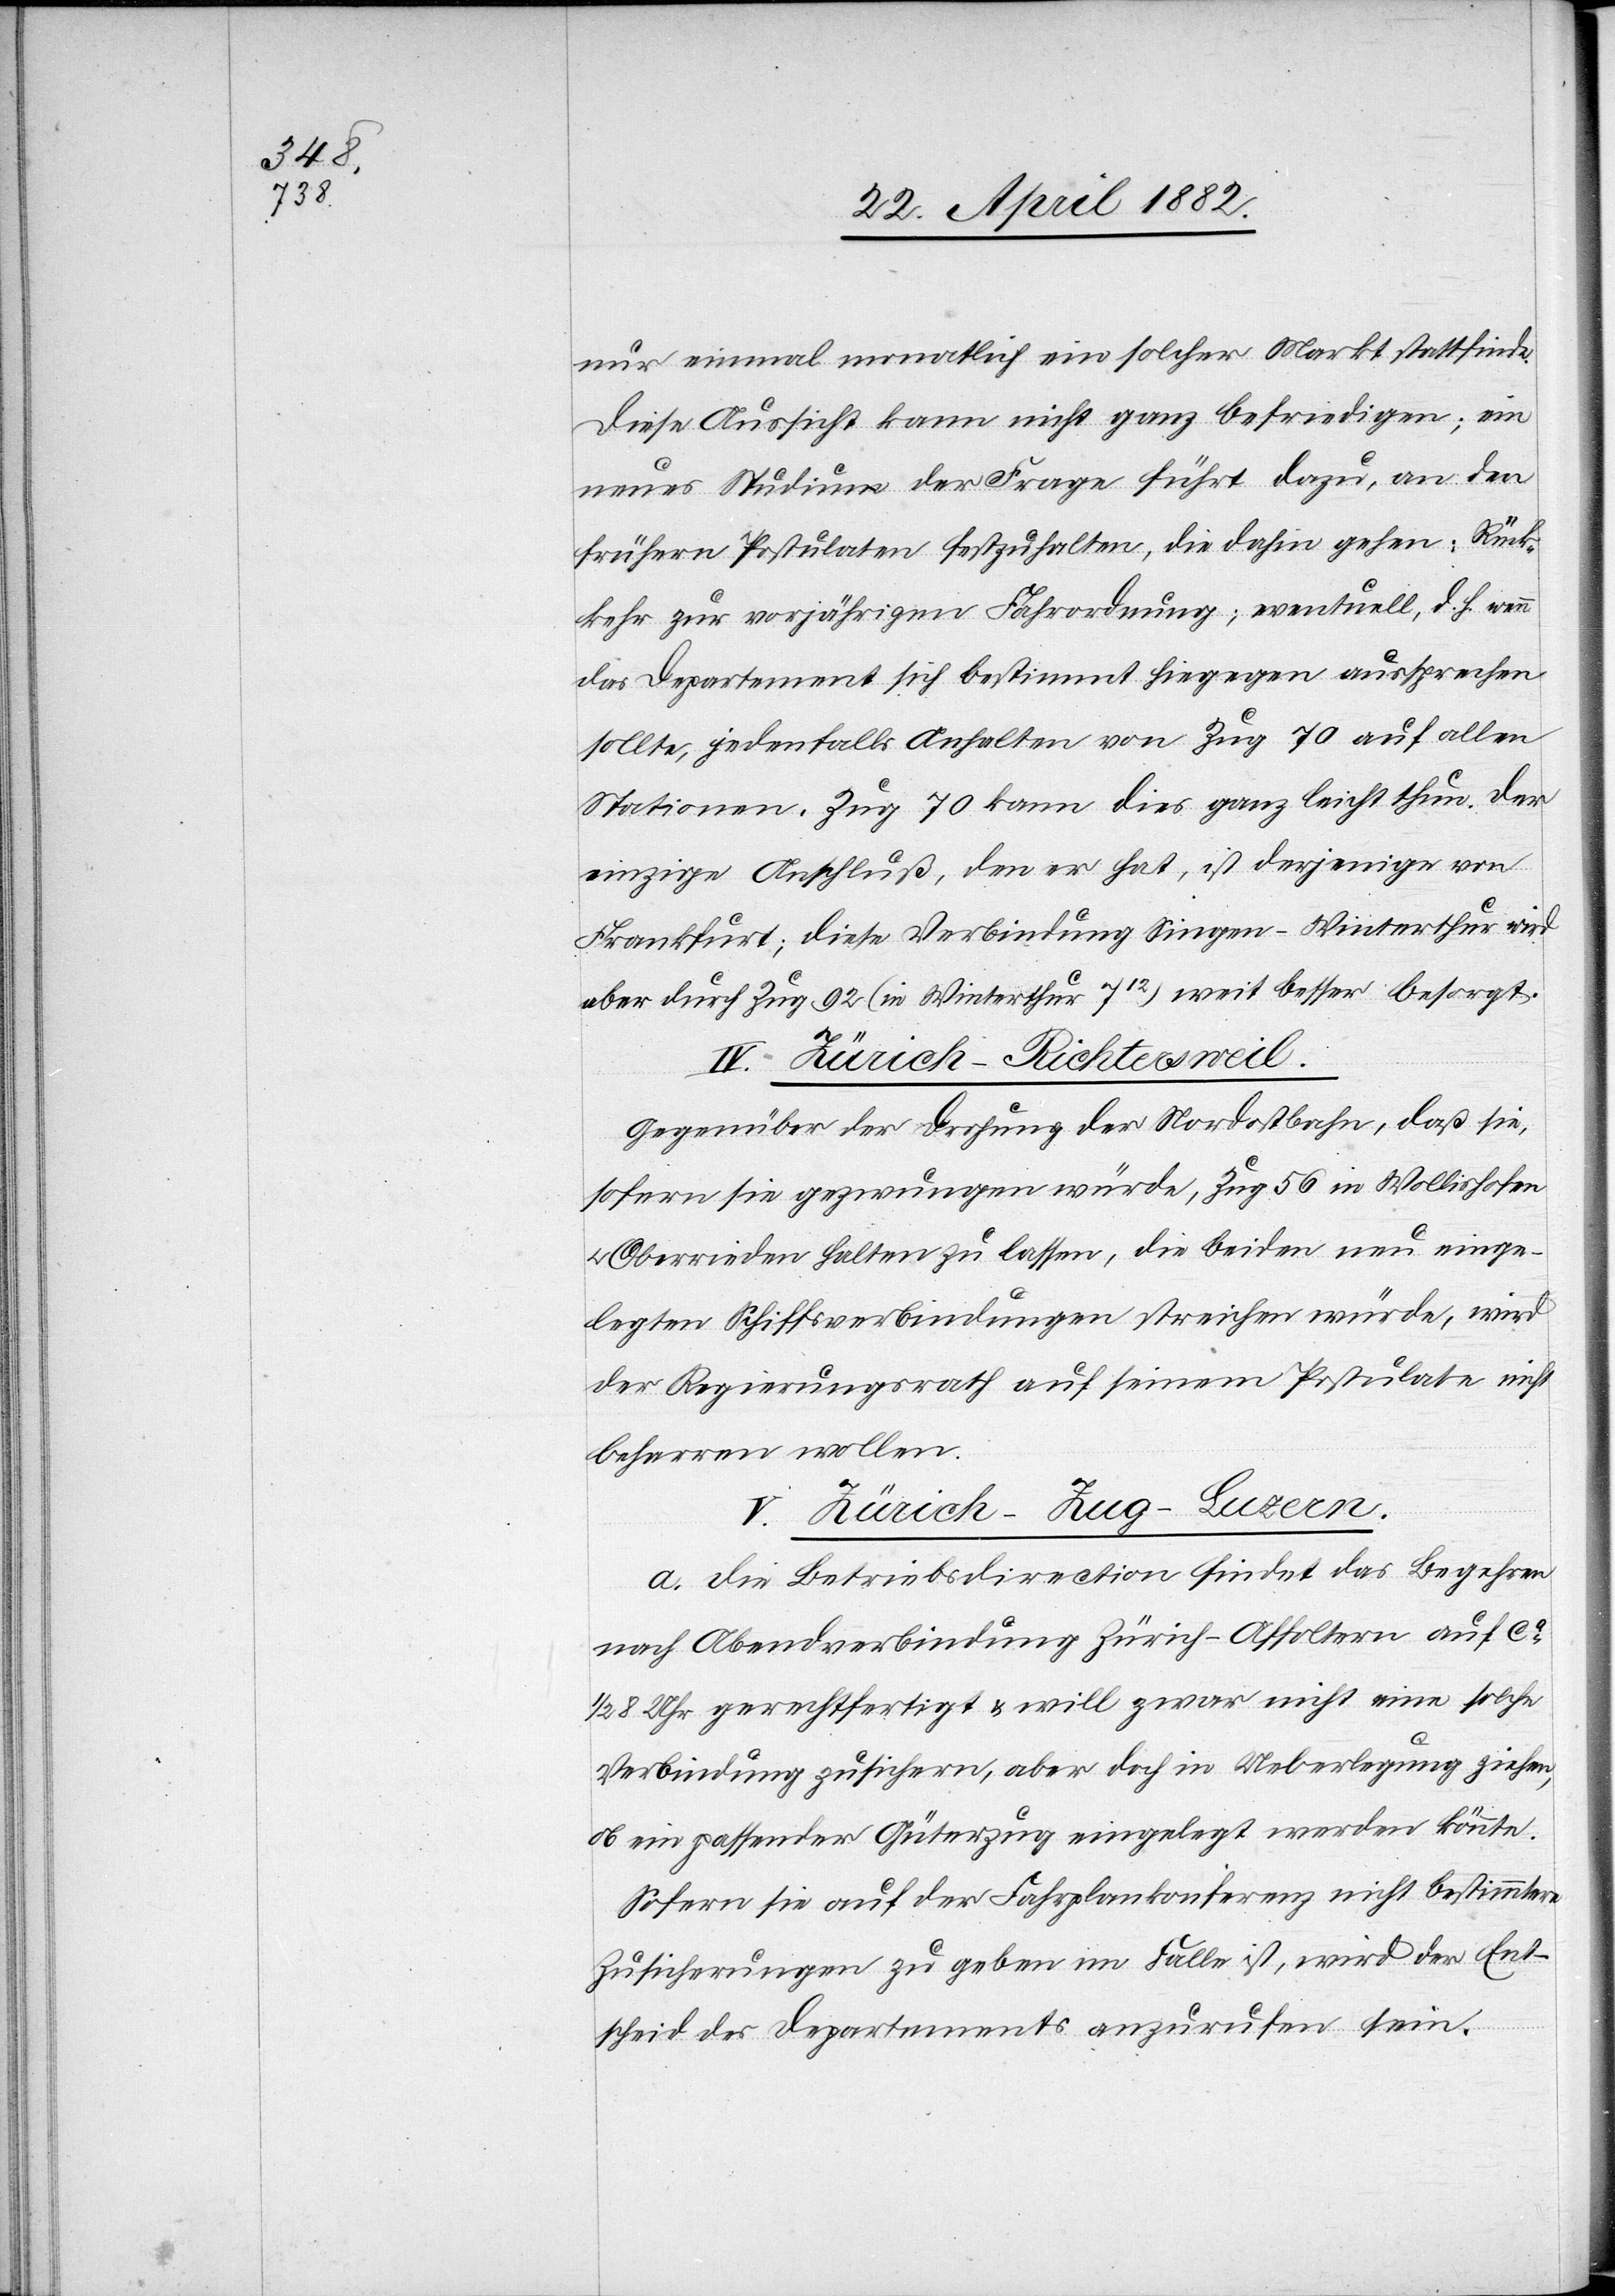
nur einmal monatlich ein solcher Markt stattfinde.
Diese Aussicht kann nicht ganz befriedigen; ein
neues Studium der Frage führt dazu, an den
frühern Postulaten festzuhalten, die dahin gehen: Rück¬
kehr zur vorjährigen Fahrordnung; eventuelle, d. h. wenn
das Departement sich bestimmt hiegegen aussprechen
sollte, jedenfalls Anhalten von Zug 70 auf alle
Stationen, Zug 70 kann dies ganz leicht thun. Der
einzige Anschluß, den er hat, ist derjenige von
Frankfurt; diese Verbindung Singen–Winterthur wird
aber durch Zug 92 (in Winterthur 712) weit besser besorgt.
IV. Zürich–Richtersweil.
Gegenüber der Drohung der Nordostbahn, daß sie,
sofern sie gezwungen würde, Zug 56 in Wollishofen
Oberrieden halten zu lassen, die beiden neu einge¬
legten Schiffsverbindungen streichen würde, wird
der Regierungsrath auf seinem Postulate nicht
beharren wollen.
V. Zürich–Zug–Luzern.
a. Die Betriebsdirection findet das Begehren
nach Abendverbindung Zürich–Affoltern auf ca
1/2 8 Uhr gerechtfertigt & will zwar nicht eine solche
Verbindung zusichern, aber doch in Ueberlegung ziehen,
ob ein passender Güterzug eingelegt werden könnte.
Sofern sie auf der Fahrplankonferenz nicht bestimmtere
Zusicherungen zu geben im Falle ist, wird der Ent¬
scheid des Departements anzurufen sein.